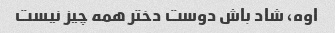
اوه، شاد باش دوست دختر همه چیز نیست